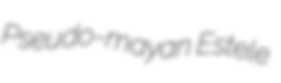
Pseudo-mayan Estele